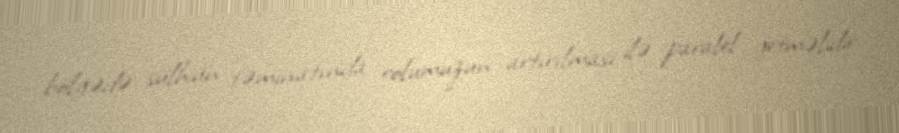
bölgədə sülhün təminatında rolumuzun artırılması ilə paralel getməlidir.